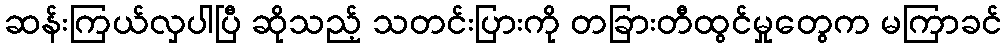
ဆန်းကြယ်လှပါပြီ ဆိုသည့် သတင်းပြားကို တခြားတီထွင်မှုတွေက မကြာခင်